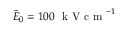
\tilde { E } _ { 0 } = 1 0 0 ~ \mathrm { ~ k ~ V ~ c ~ m ~ } ^ { - 1 }